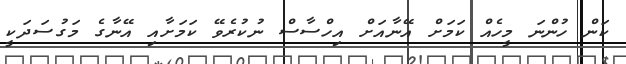
ކަން ހުންނަ މީހެއް ކަމަށް އޭނާއަށް އިހްސާސް ނުކުރެވޭ ކަމަށާއި އޭނާގެ މަގުސަދަކީ